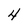
Character: 4